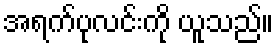
အရက်ပုလင်းကို ယူသည်။